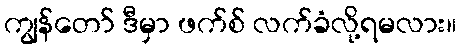
ကျွန်တော် ဒီမှာ ဖက်စ် လက်ခံလို့ရမလား။